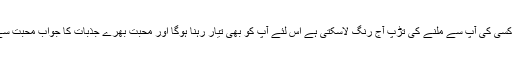
اس کے علاوہ کسی کی آپ سے ملنے کی تڑپ آج رنگ لاسکتی ہے اس لئے آپ کو بھی تیار رہنا ہوگا اور محبت بھرے جذبات کا جواب محبت سے ہی دینا ہوگا۔